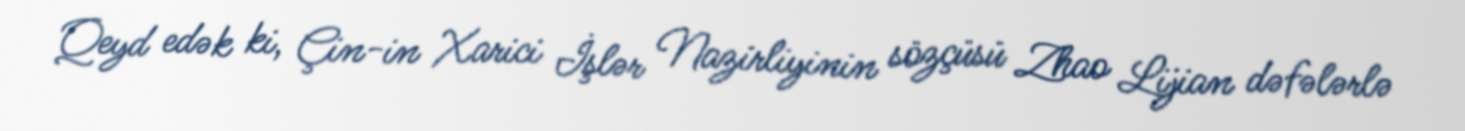
Qeyd edək ki, Çin-in Xarici İşlər Nazirliyinin sözçüsü Zhao Lijian dəfələrlə